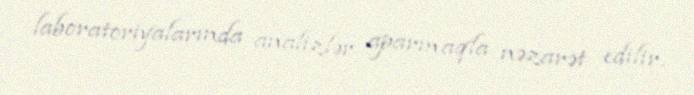
laboratoriyalarında analizlər aparmaqla nəzarət edilir.